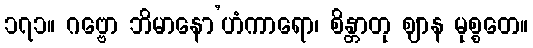
၁၇၁။ ဂဗ္ဗော ဘိမာနော’ဟံကာရော၊ စိန္တာတု ဈာန မုစ္စတေ။